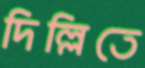
দিল্লিতে